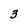
Character: 3